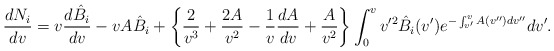
\begin{align*} \frac{dN_i}{dv}=v\frac{d\hat{B}_i}{dv}-vA\hat{B}_i+\left\{\frac{2}{v^3}+\frac{2A}{v^2}-\frac{1}{v}\frac{dA}{dv}+\frac{A}{v^2}\right\}\int_0^vv'^2\hat{B}_i(v')e^{-\int_{v'}^vA(v'')dv''}dv'.\end{align*}